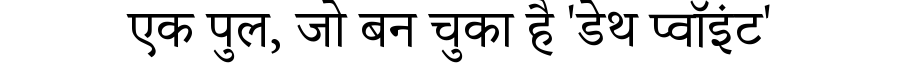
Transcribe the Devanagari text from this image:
एक पुल, जो बन चुका है 'डेथ प्वॉइंट'